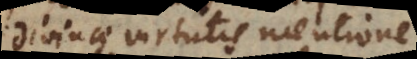
divinae virtutis mentione